Leaving Certificate Examination (including Day School Certificate (Higher) General paper), 1933
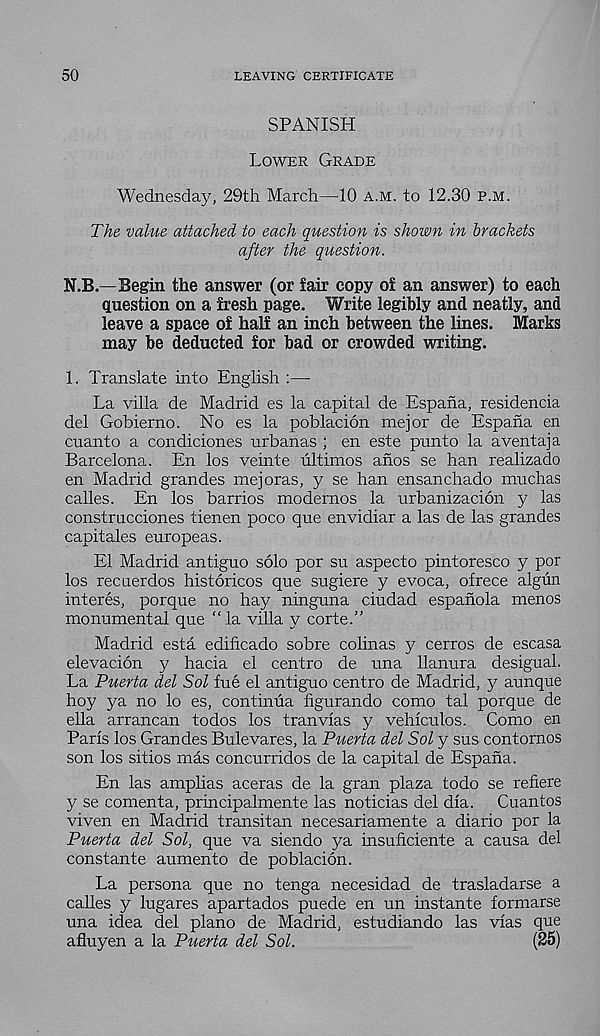
50
LEAVING CERTIFICATE
SPANISH
Lower Grade
Wednesday, 29th March—10 a.m. to 12.30 p.m.
The value attached to each question is shown in brackets
after the question.
N.B.—Begin the answer (or fair copy of an answer) to each
question on a fresh page. Write legibly and neatly, and
leave a space of half an inch between the lines. Marks
may be deducted for bad or crowded writing.
1. Translate into English :—
La villa de Madrid es la capital de Espana, residencia
del Gobierno. No es la poblacion mejor de Espana en
cuanto a condiciones urbanas ; en este punto la aventaja
Barcelona. En los veinte ultimos anos se han realizado
en Madrid grandes mejoras, y se han ensanchado muchas
calles. En los barrios modernos la urbanizacion y las
construcciones tienen poco que envidiar a las de las grandes
capitales euro peas.
El Madrid antiguo solo por su aspecto pintoresco y por
los recuerdos historicos que sugiere y evoca, ofrece algun
interes, porque no hay ninguna ciudad espanola menos
monumental que “la villa y corte.”
Madrid estd edificado sobre colinas y cerros de escasa
elevacion y hacia el centre de una llanura desigual.
La Puerta del Sol fue el antiguo centra de Madrid, y aunque
hoy ya no lo es, continua figurando como tal porque de
ella arrancan todos los tranvias y vehiculos. Como en
Paris los Grandes Bulevares, la Puerta del Sol y sus contornos
son los sitios mas concurridos de la capital de Espana.
En las amplias aceras de la gran plaza to do se refiere
y se comenta, principalmente las noticias del dia.
Cuantos
viven en Madrid transitan necesariamente a diario por la
Puerta del Sol, que va siendo ya insuficiente a causa del
constante aumento de poblacion.
La persona que no tenga necesidad de trasladarse a
calles y lugares apartados puede en un instante formarse
una idea del piano de Madrid, estudiando las vias que
afluyen a la Puerta del Sol.
(25)